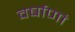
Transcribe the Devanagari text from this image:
वर्षाणां